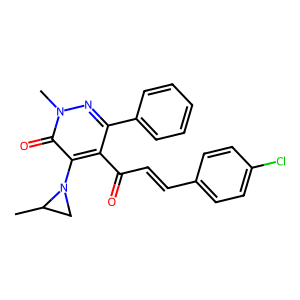
SMILES: CC1CN1c1c(C(=O)C=Cc2ccc(Cl)cc2)c(-c2ccccc2)nn(C)c1=O
Inhibits HIV replication: No